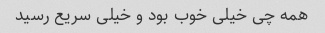
همه چی خیلی خوب بود و خیلی سریع رسید